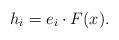
LaTeX: \begin{align*}h_{i}=e_{i}\cdot F(x).\end{align*}